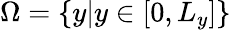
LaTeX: \Omega=\left\{ y|y\in[0,L_{y}]\right\}